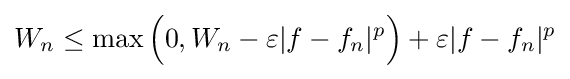
W_{n}\leq \max {\Big (}0,W_{n}-\varepsilon |f-f_{n}|^{p}{\Big )}+\varepsilon |f-f_{n}|^{p}